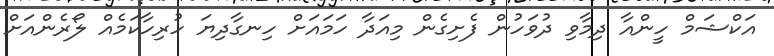
އަކްޝަމް ހީންއާ ދިމާވި ދުވަހުން ފެށިގެން މިއަދާ ހަމައަށް ހިނގާދިޔަ ހުރިހާކަމެއް ލޯރެންއަށް